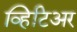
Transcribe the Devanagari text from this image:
व्हिटिअर